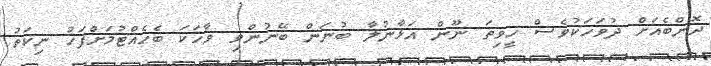
ދޮންބެއަށް ދުވަހަކުވެސް ހީވިތަ ނޫން އަޅާނުލާ ބުނަން ބޭނުންވި ވާހަކަ ބެހެއްޓުމަށްފަހު ނިކަތު